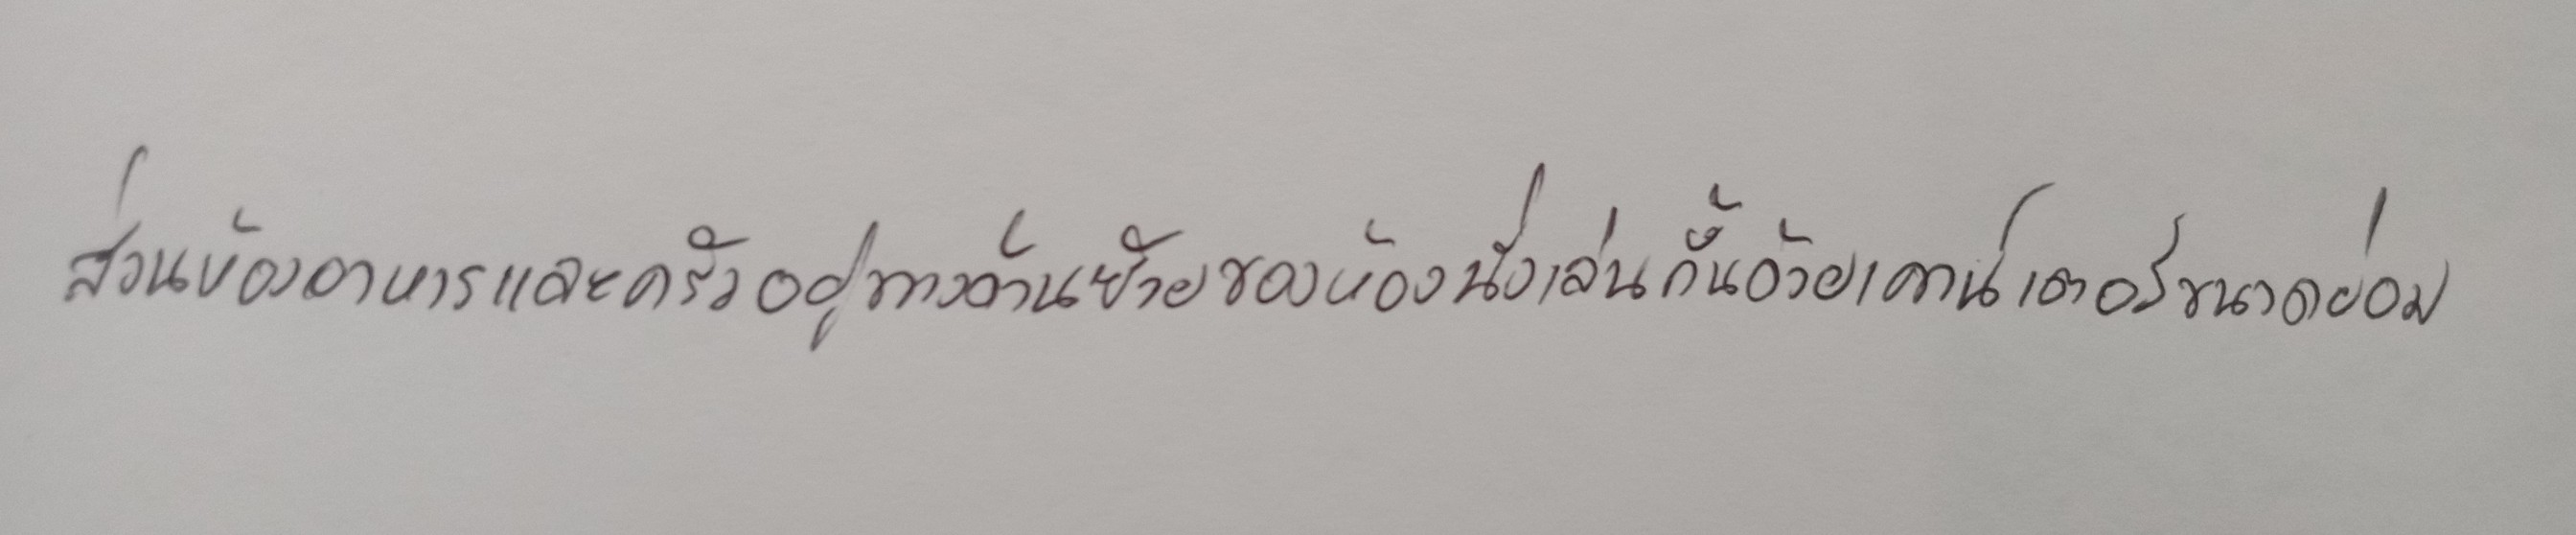
ส่วนห้องอาหารและครัวอยู่ทางด้านซ้ายของห้องนั่งเล่นกั้นด้วยเคาน์เตอร์ขนาดย่อม